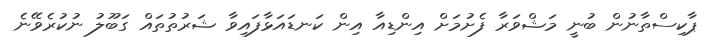
ޕާކިސްތާނުން ބުނީ މަޝްވަރާ ފެށުމަށް އިންޑިއާ އިން ކަނޑައަޅާފައިވާ ޝަރުތުތައް ގަބޫލު ނުކުރެވޭނެ